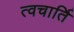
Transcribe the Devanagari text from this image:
त्वचार्ति